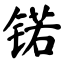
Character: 锘